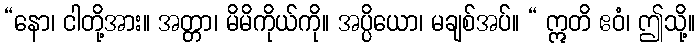
“နော၊ ငါတို့အား။ အတ္တာ၊ မိမိကိုယ်ကို။ အပ္ပိယော၊ မချစ်အပ်။ “ ဣတိ ဧဝံ၊ ဤသို့။